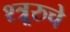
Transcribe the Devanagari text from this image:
श्त्रूरुचे